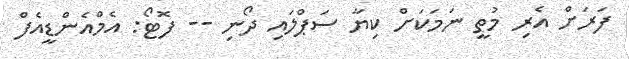
ފަރަށް އެރި މުތީ ނަމަކަށް ކިޔާ ސަޕްލައި ދޯނި -- ފޮޓޯ: އެމްއެންޑީއެފް